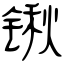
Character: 锹